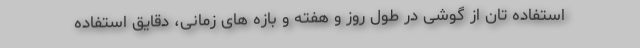
استفاده تان از گوشی در طول روز و هفته و بازه های زمانی، دقایق استفاده